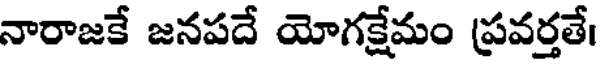
నారాజకే జనపదే యోగక్షేమం ప్రవర్తతే।